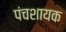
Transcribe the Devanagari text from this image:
पंचशायक